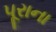
પૂરાના